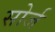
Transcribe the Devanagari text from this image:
सोर्ज